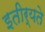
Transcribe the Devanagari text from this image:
इतीर्यते